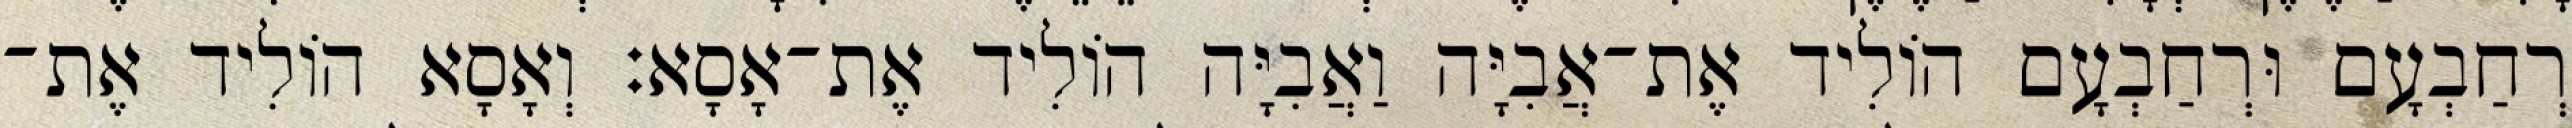
רְחַבְעָם וּרְחַבְעָם הוֹלִיד אֶת־אֲבִיָּה וַאֲבִיָּה הוֹלִיד אֶת־אָסָא׃ וְאָסָא הוֹלִיד אֶת־